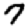
Digit: 7